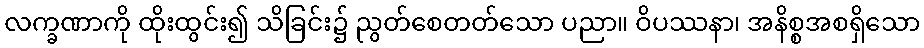
လက္ခဏာကို ထိုးထွင်း၍ သိခြင်း၌ ညွတ်စေတတ်သော ပညာ။ ဝိပဿနာ၊ အနိစ္စအစရှိသော